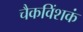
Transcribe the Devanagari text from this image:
चैकविंशकं